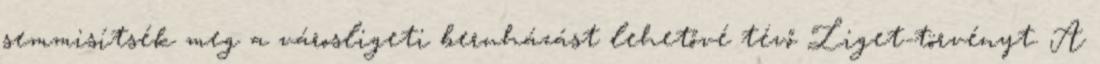
semmisítsék meg a városligeti beruházást lehetővé tévő Liget-törvényt. A